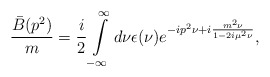
\begin{align*}\frac{\bar B(p^2)}{m}=\frac{i}{2}\int\limits^\infty_{-\infty} d\nu\epsilon(\nu)e^{-ip^2\nu+i{m^2\nu\over 1-2i\mu^2\nu}},\end{align*}